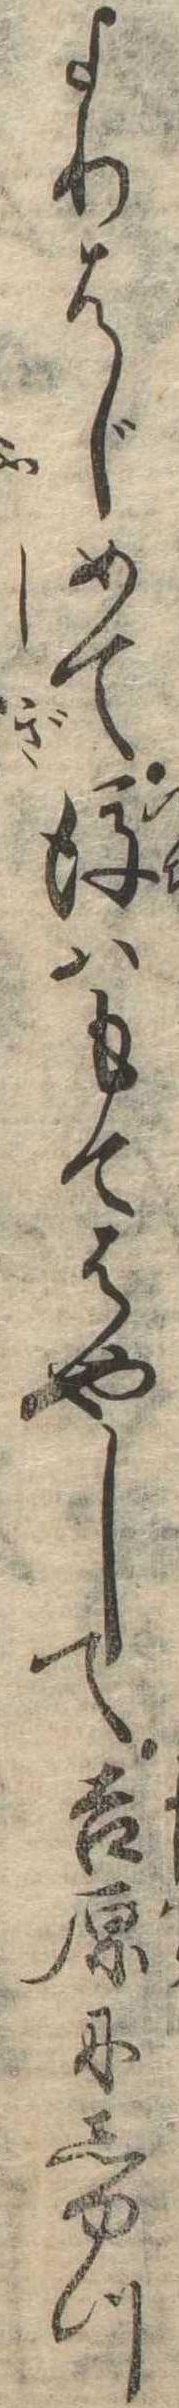
よりはじめて後はもてはやして吉原にしゆつ